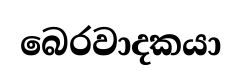
බෙරවාදකයා